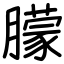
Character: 朦